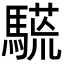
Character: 𩥒